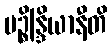
ပဉ္စိန္ဒြိယာနီတိ